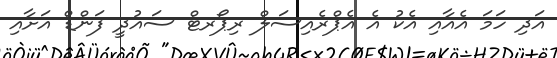
އަދި ހަމަ އެއާއި އެކު އެ އެޕްރެއިސަލް ރިޕޯރޓް ސައުދީ ފަންޑް އަށާއި